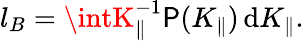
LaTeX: l_{B}=\intK_{\parallel}^{-1}\mathsf{P}(K_{\parallel})\, \mathrm{{d}}K_{\parallel}.